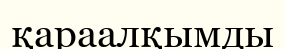
қараалқымды